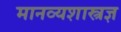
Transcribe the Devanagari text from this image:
मानव्यशास्त्रज्ञ